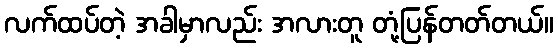
လက်ထပ်တဲ့ အခါမှာလည်း အလားတူ တုံ့ပြန်တတ်တယ်။